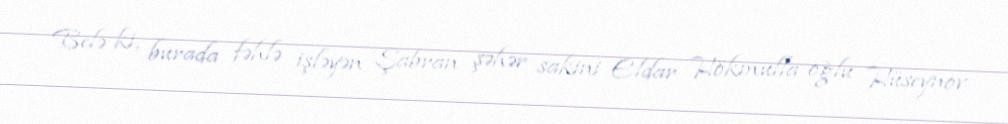
Belə ki, burada fəhlə işləyən Şabran şəhər sakini Eldar Hökmulla oğlu Hüseynov